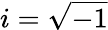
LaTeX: i=\sqrt{-1}